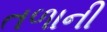
તળાની